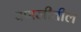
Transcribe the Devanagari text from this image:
पणजीतील